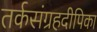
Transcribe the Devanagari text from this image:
तर्कसंग्रहदीपिका